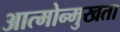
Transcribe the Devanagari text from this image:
आत्मोन्मुखता